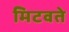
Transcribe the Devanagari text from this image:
मिटवते